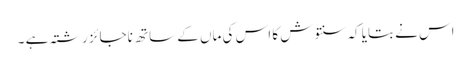
اس نے بتایا کہ سنتوش کا اس کی ماں کے ساتھ ناجائز رشتہ ہے ۔